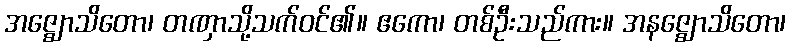
အဇ္ဈောသိတော၊ တဏှာသို့သက်ဝင်၏။ ဧကော၊ တစ်ဦးသည်ကား။ အနဇ္ဈောသိတော၊